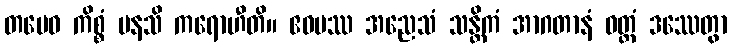
တမေဝ ကိစ္စံ မနသိ ကရောဟီတိ။ ဧဝမဿ အညေသံ သန္တိကံ အာဂတာနံ ဝတ္တံ ဒဿေတွာ